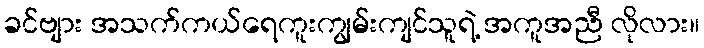
ခင်ဗျား အသက်ကယ်ရေကူးကျွမ်းကျင်သူရဲ့ အကူအညီ လိုလား။